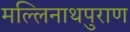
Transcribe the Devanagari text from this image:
मल्लिनाथपुराण